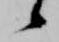
候